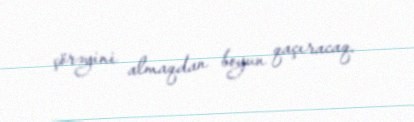
çörəyini almaqdan boyun qaçıracaq.